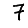
Digit: 7